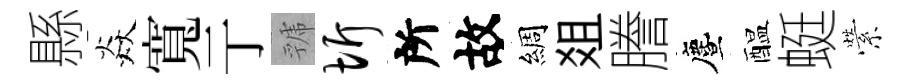
縣焱寬亍虢圻所故綢爼謄󵨌醖蜓縈